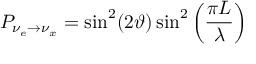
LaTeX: P _ { \nu _ { e } \rightarrow \nu _ { x } } = \sin ^ { 2 } ( 2 \vartheta ) \sin ^ { 2 } \left( \frac { \pi L } { \lambda } \right)